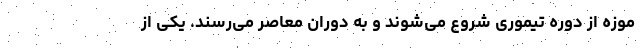
موزه از دوره تیموری شروع می‌شوند و به دوران معاصر می‌رسند. یکی از